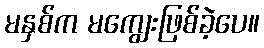
မနှစ်က မကျွေးဖြစ်ခဲ့ပေ။